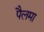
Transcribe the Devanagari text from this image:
पैलमा